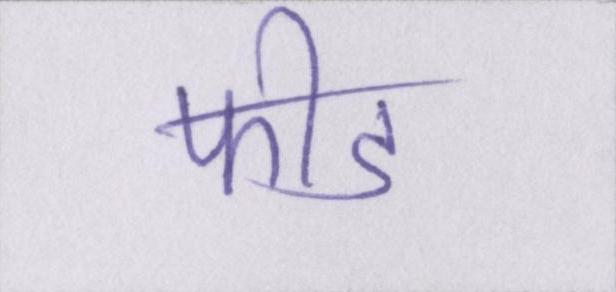
फीड